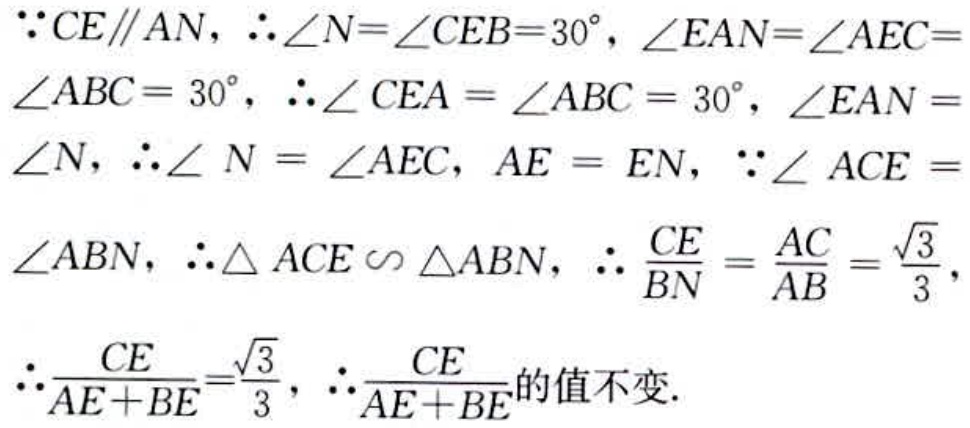
\(\because CE\parallel AN, \therefore \angle N = \angle CEB = 30^{\circ}, \angle EAN=\angle AEC = \angle ABC = 30^{\circ}, \therefore \angle CEA=\angle ABC = 30^{\circ}, \angle EAN = \angle N, \therefore \angle N=\angle AEC, AE = EN, \because \angle ACE = \angle ABN, \therefore \triangle ACE\sim\triangle ABN, \therefore \frac{CE}{BN}=\frac{AC}{AB}=\frac{\sqrt{3}}{3}, \therefore \frac{CE}{AE + BE}=\frac{\sqrt{3}}{3}, \therefore \frac{CE}{AE + BE}\)的值不变.